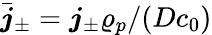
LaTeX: \bar{\boldsymbol{j}}_{\pm}=\boldsymbol{j}_{\pm}\varrho_{p}/(Dc_{0})